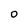
Character: 0